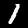
Label: 1